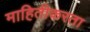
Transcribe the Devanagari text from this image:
माहितीकरता